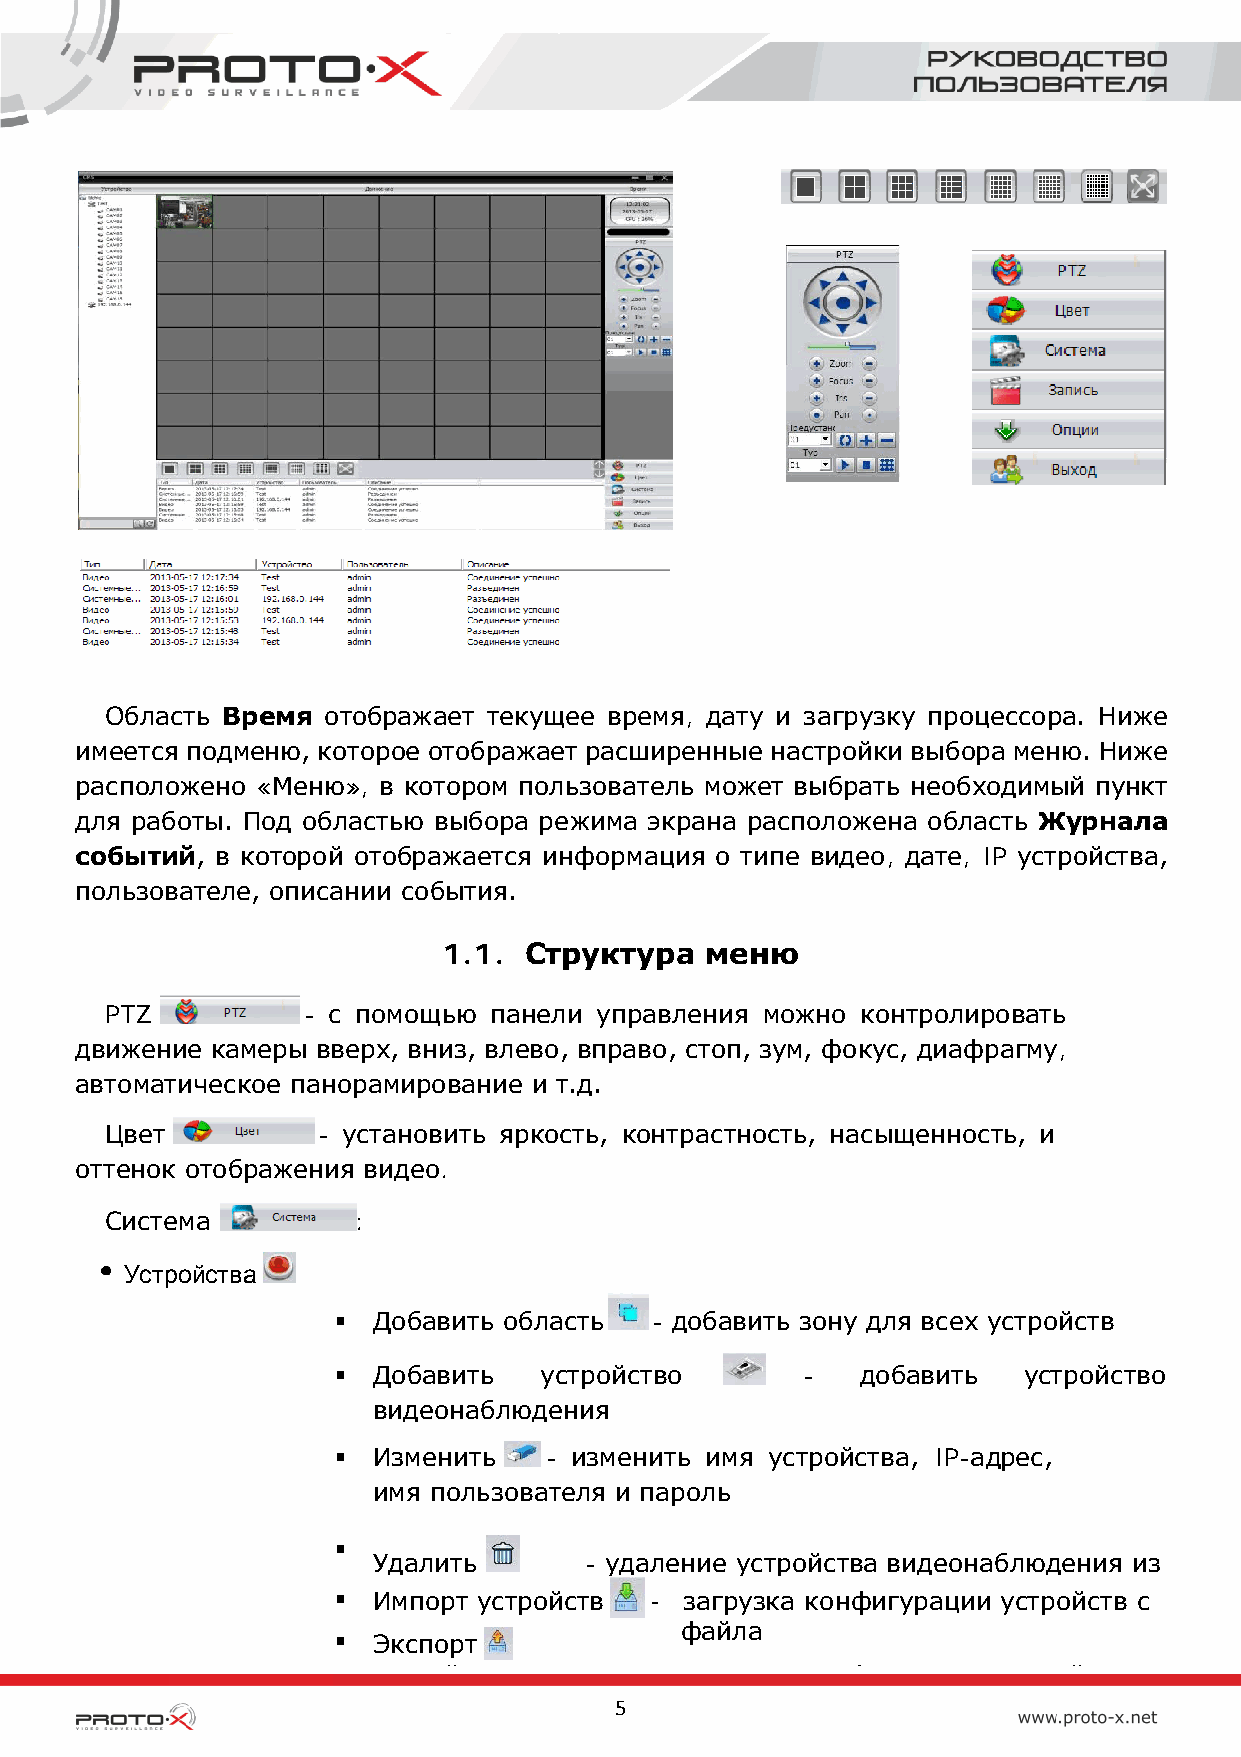
Область Время отображает текущее время, дату и загрузку процессора. Ниже
 имеется подменю, которое отображает расширенные настройки выбора меню. Ниже
 расположено «Меню», в котором пользователь может выбрать необходимый пункт
 для работы. Под областью выбора режима экрана расположена область Журнала
 событий, в которой отображается информация о типе видео, дате, IP устройства,
 пользователе, описании события.
 1.1.  Структура   меню
 PTZ          - с помощью панели управления можно  контролировать
 движение камеры вверх, вниз, влево, вправо, стоп, зум, фокус, диафрагму,
 автоматическое панорамирование и т.д.
 Цвет          - установить яркость, контрастность, насыщенность, и
 оттенок отображения видео.
 Система          :
 Устройства
   Добавить область  - добавить зону для всех устройств
   Добавить   устройство       -   добавить   устройство
 видеонаблюдения
   Изменить   - изменить имя устройства, IP-адрес,
 имя пользователя и пароль
 
 Удалить       - удаление устройства видеонаблюдения из
   Импорт устройств  - загрузка конфигурации устройств с
 файла
   Экспорт
 й                          ф              й
 5